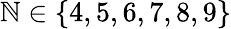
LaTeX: \mathbb{N}\in\{ 4,5,6,7,8,9\}